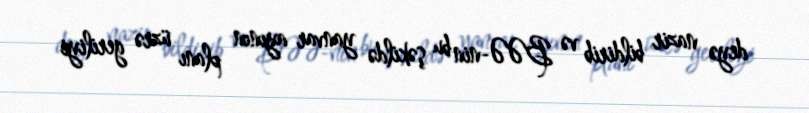
deyə nazir bildirib və BƏƏ-nin bu şəkildə yanvar ayının planı üzrə geriliyi